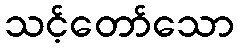
သင့်တော်သော